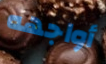
أواجهه